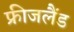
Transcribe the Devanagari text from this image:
फ्रीजलैंड